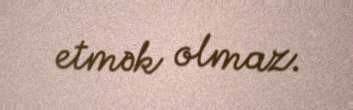
etmək olmaz.